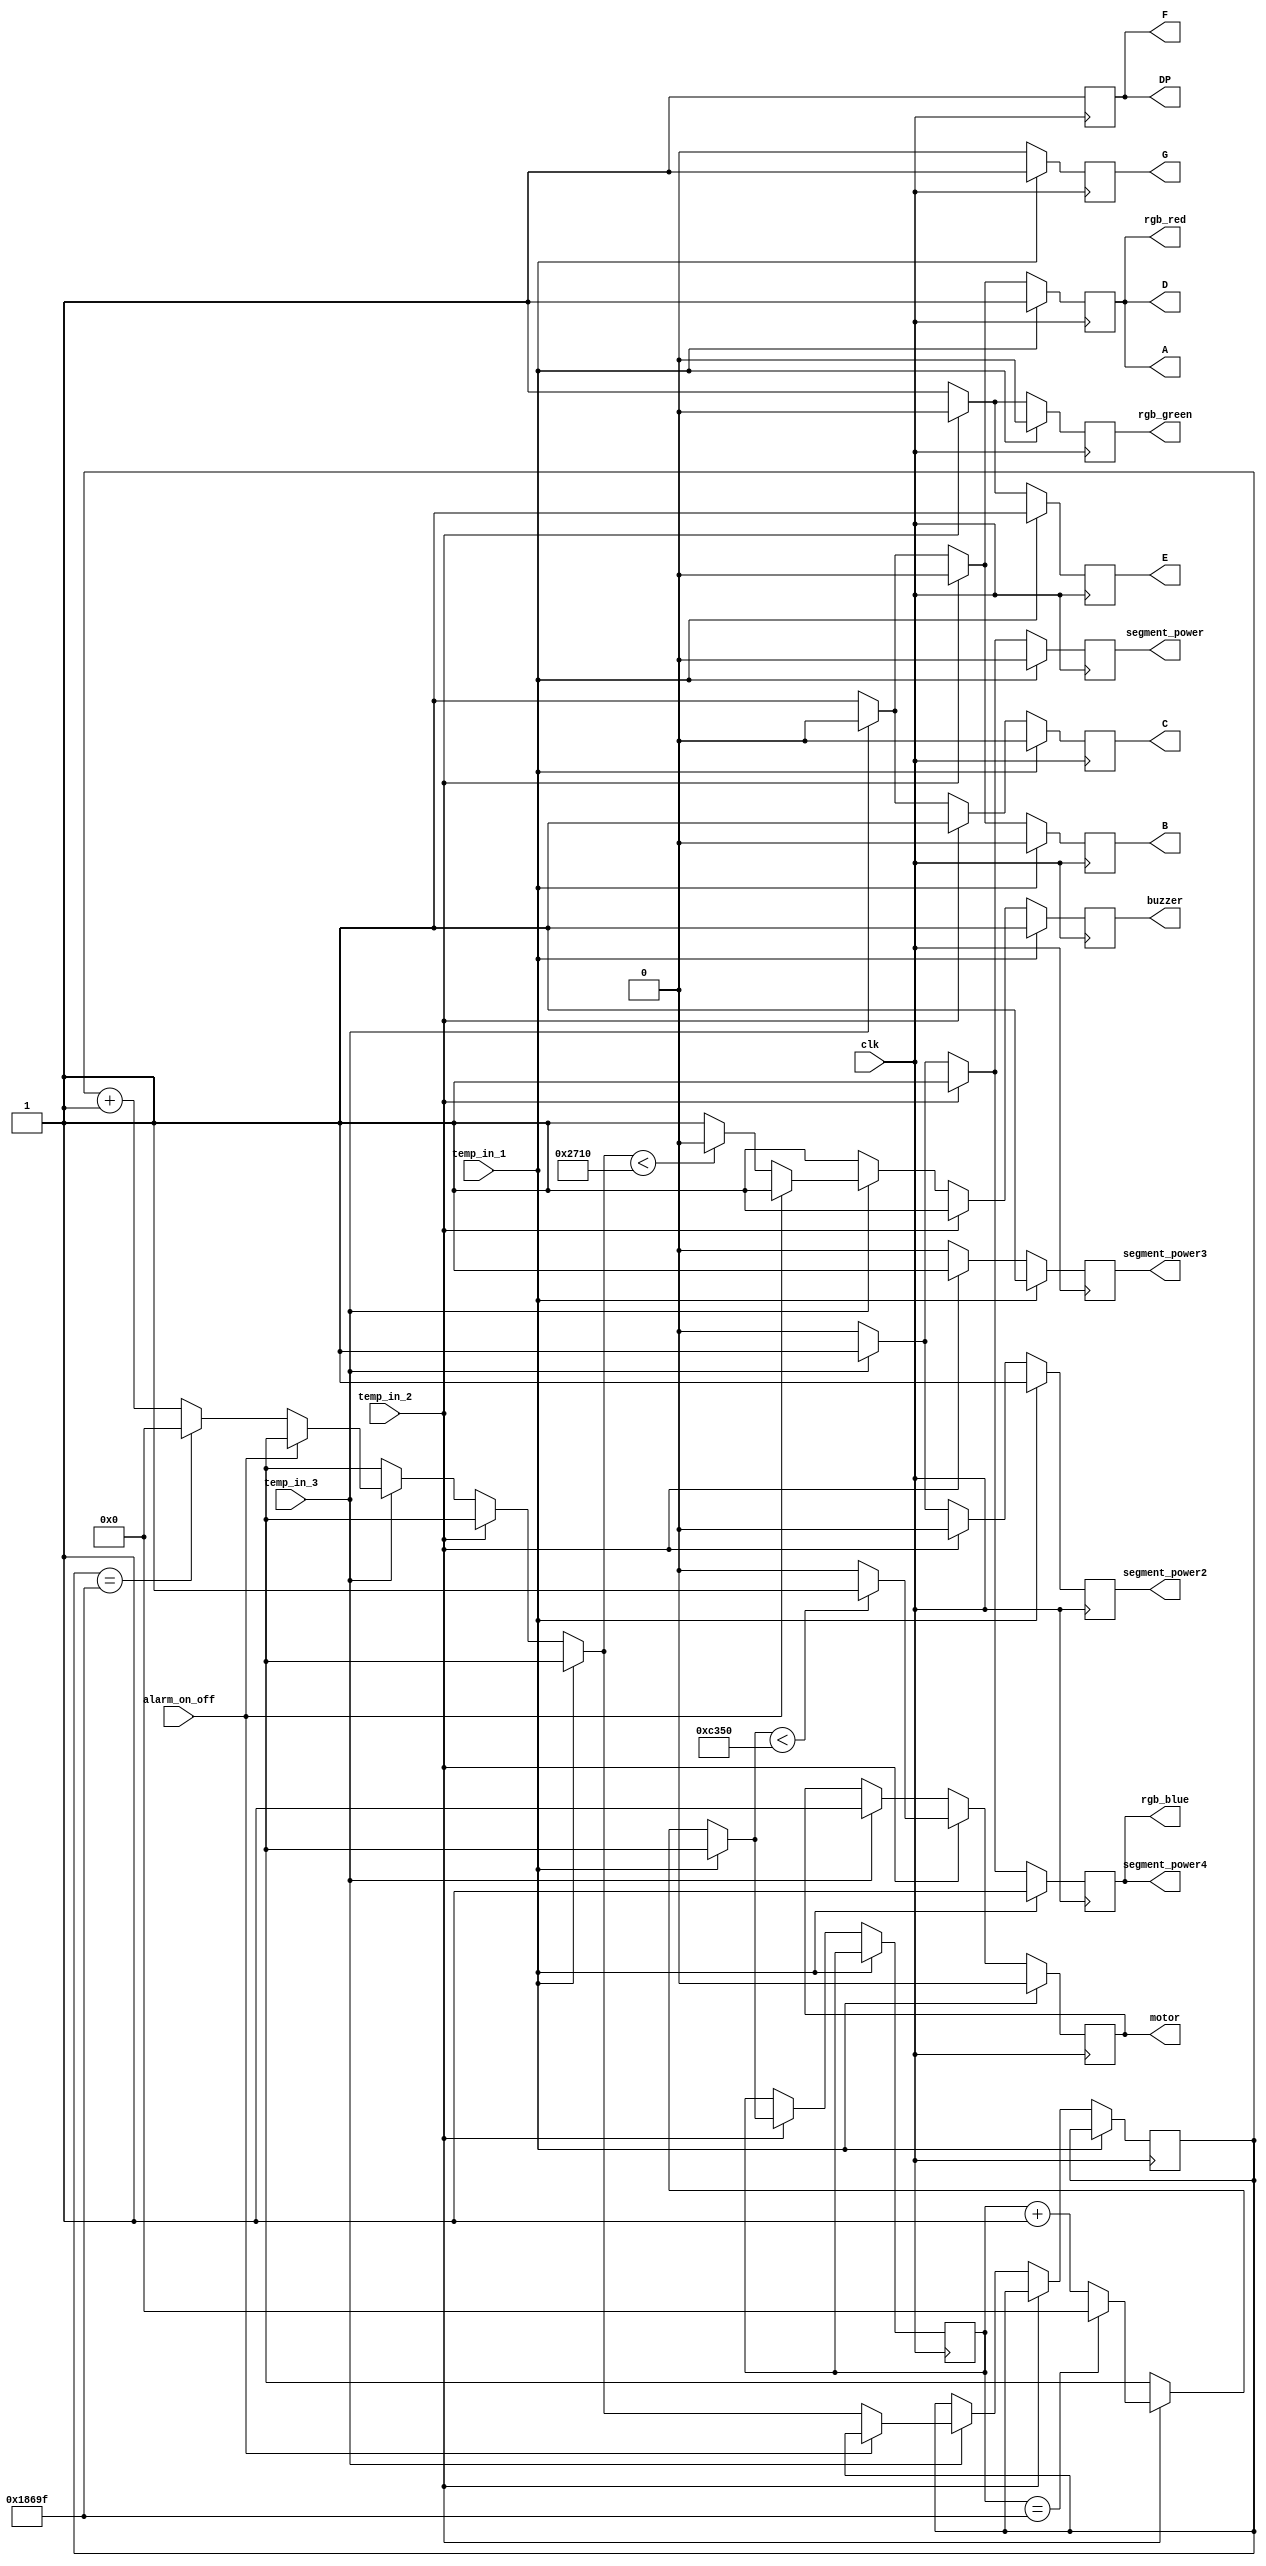
module project(alarm_on_off,A,B,C,D,E,F,G,DP,segment_power,segment_power2,segment_power3,segment_power4,clk,temp_in_1,temp_in_2,temp_in_3,motor,rgb_red, rgb_blue, rgb_green,buzzer);

// Scakla gre PWM sinyal ile DC motor srdrme projesi.

input clk; // 50 MHz Clock.
input temp_in_1,temp_in_2,temp_in_3; // Arduinodan gelen scaklk verileri.
input alarm_on_off; // Buzzer alarmn aktif veya pasif hale getirmek iin kullanlan input. Switch ileri ise alarm aktif, geri ise alarm pasif.

output motor; // DC motor iin k.
output segment_power,segment_power2,segment_power3,segment_power4,A,B,C,D,E,F,G,DP; // Segmentler ve g klar.
output rgb_red, rgb_blue, rgb_green; // RGB led klar.
output buzzer; // Scaklk uyars iin buzzer ile alarm k.

reg buzzer;
reg rgb_red, rgb_blue, rgb_green;
reg A,B,C,D,E,F,G,DP;
reg segment_power,segment_power2,segment_power3,segment_power4;
reg motor;
reg [19:0] counter; // Motoru pwm sinyal ile kontrol etmek iin kullanlan register.
reg [19:0] buzzercounter; // Buzzeri pwm sinyal ile kontrol edebilmek iin kullanlan register.

// Initial blounu kullanarak projeye balang deerlerimi belirliyorum.
initial begin
	// Kartm Active LOW olduu iin 1 deeri atayarak ncelikle tm segmentlerin gcn kapatyorum.
	segment_power <= 1; 
	segment_power2 <= 1;
	segment_power3 <= 1;
	segment_power4 <= 1;
	// Counterlerimi 0 deeriyle balatyorum
	buzzercounter <= 0;
	counter <= 0;
	// Yine Active LOW olduu iin tm segmentelerimi kapal konuma getiriyorum.
	A <= 1;
	B <= 1;
	C <= 1;
	D <= 1;
	E <= 1;
	F <= 1;
	G <= 1;
	DP <= 1;
	// Dardan baladm RGB ledimin tm renk pinlerine voltaj veriyorum ki RGB iindeki k saan diyotlar balangta iletimde deil kesimde olsun.
	// RGB dardan bal bir eleman olduu iin Active High olarak ayarladm o nedense voltaj vermek istediimde 1, ground vermek istediimde 0 kullanyorum.
	rgb_red = 1;
	rgb_blue = 1;
	rgb_green = 1;
end

// Her bir clock sinyalinin pozitif kenarnda ilem yapabilmek iin always blou ayorum
always @(posedge clk)begin
	// Sensrden gelen scaklk verisi 21 derecenin altndaysa:
	if (temp_in_1)begin
		// Scaklk kritik seviyede olmad iin alarm kapal.
		buzzer = 1;
		// En soldaki digite g veriyorum ancak dierleri kapal.
		segment_power <= 0;
		segment_power2 <= 1;
		segment_power3 <= 1;
		segment_power4 <= 1;
		// Motorun birinci modda altn gstermek iin aktif olan digitte " 1 " yazdryorum.
		A <= 1;
		B <= 0;
		C <= 0;
		D <= 1;
		E <= 1;
		F <= 1;
		G <= 1;
		DP <= 1;
		// Scakln normal seviyelerde olduunu kullancya RGB'de yeil k ile bildiriyorum.
		rgb_red = 1;
		rgb_blue = 1;
		rgb_green = 0;
		// Scaklk normal olduu iin motoru kapal tutuyorum.
		motor = 0;
	end
	// Sensrden gelen scaklk verisi 21 derece ile 23 derece arasndaysa:
	else if (temp_in_2)begin
		// Scaklk kritik seviyede olmad iin alarm kapal
		buzzer = 1;
		// Soldan ikinci digite g veriyorum ancak dierleri kapal.
		segment_power <= 1;
		segment_power2 <= 0;
		segment_power3 <= 1;
		segment_power4 <= 1;
		// Motorun ikinci modda ve orta hzda altn gstermek iin aktif olan digitte " 2 " yazdryorum.
		A <= 0;
		B <= 0;
		C <= 1;
		D <= 0;
		E <= 0;
		F <= 1;
		G <= 0;
		DP <= 1;
		// Scakln ykselmeye baladn ancak hala kritik olmadn gstermek iin RGB'yi turuncu yakyorum.
		rgb_red = 0;
		rgb_blue = 1;
		rgb_green = 0;
		// %50 duty cycle'ye sahip bir PWM sinyali reterek motoru yar hzda altryorum.
		if (counter == 99999)
			counter = 0;
		else
			counter = counter + 1;
	motor = (counter < 50000) ? 1 : 0;
	end
	// Sensrden gelen scaklk verisi 23 derecenin stndeyse:
	else if (temp_in_3)begin
		// Soldan nci digite g veriyorum ancak dierleri kapal.
		segment_power <= 1;
		segment_power2 <= 1;
		segment_power3 <= 0;
		segment_power4 <= 1;
		// Motorun nc ve en hzl modda altn gstermek iin aktif olan digitte " 3 " yazdryorum.
		A <= 0;
		B <= 0;
		C <= 0;
		D <= 0;
		E <= 1;
		F <= 1;
		G <= 0;
		DP <= 1;
		// Scakln kritik seviyeye ulatn belirtmek iin RGB'yi krmz yakyorum.
		rgb_red = 0;
		rgb_blue = 1;
		rgb_green = 1;
		// Motora direkt true veriyorum ki mmkn olan son hzda alsn.
		motor = 1;
		// Scaklk kritik seviyede olduu iin buzzer alarm veriyor.
		if (~alarm_on_off) begin // Switchler Active LOW olduu iin " ~ " kullanlmtr.
			if (buzzercounter == 99999)
				buzzercounter = 0;
			else
				buzzercounter = buzzercounter + 1;
			buzzer = (buzzercounter < 10000) ? 0 : 1;
		end
		else begin
			buzzer = 1; // Eer alarm elle switchten kapatldysa alarm almaz. " 1 " alarm kapatr nk buzzer Active LOW ekilde baldr kartta.
		end
	end
	// Sistemde hata olmas veya sensrden veri okunamamas durumunda:
	else begin
		buzzer = 1; // Herhangi bir hata ya da gecikme durumunda buzzerimin tmemesi iin buzzerimi kapatyorum.
		// Sistemin "hata verdiini veya mod geiinde olduunu gstermek iin segmentlerime g veriyorum"
		segment_power <= 0;
		segment_power2 <= 0;
		segment_power3 <= 0;
		segment_power4 <= 0;
		// Sistemin hata durumunda veya mod geiinde olduunda tm segmentlerde " - " ifadesinin gzkmesini salyorum.
		A <= 1;
		B <= 1;
		C <= 1;
		D <= 1;
		E <= 1;
		F <= 1;
		G <= 0;
		DP <= 1;
		// Bu bekleme annda gzel bir grnt olumas iin RGB ledimden darya "mavi" k veriyorum.
		rgb_red = 1;
		rgb_blue = 0;
		rgb_green = 1;
	end
end

endmodule